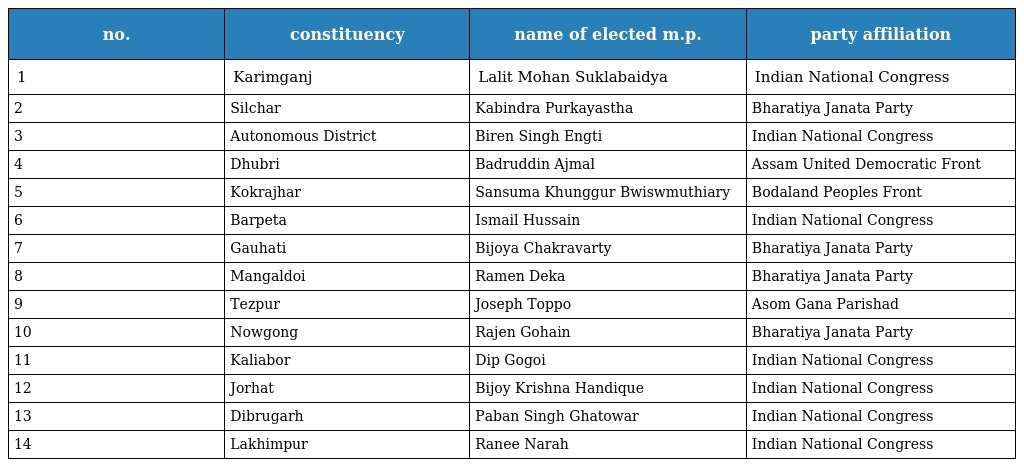
| no. | constituency | name of elected m.p. | party affiliation |
 | --- | --- | --- | --- |
 | 1 | Karimganj | Lalit Mohan Suklabaidya | Indian National Congress |
 | 2 | Silchar | Kabindra Purkayastha | Bharatiya Janata Party |
 | 3 | Autonomous District | Biren Singh Engti | Indian National Congress |
 | 4 | Dhubri | Badruddin Ajmal | Assam United Democratic Front |
 | 5 | Kokrajhar | Sansuma Khunggur Bwiswmuthiary | Bodaland Peoples Front |
 | 6 | Barpeta | Ismail Hussain | Indian National Congress |
 | 7 | Gauhati | Bijoya Chakravarty | Bharatiya Janata Party |
 | 8 | Mangaldoi | Ramen Deka | Bharatiya Janata Party |
 | 9 | Tezpur | Joseph Toppo | Asom Gana Parishad |
 | 10 | Nowgong | Rajen Gohain | Bharatiya Janata Party |
 | 11 | Kaliabor | Dip Gogoi | Indian National Congress |
 | 12 | Jorhat | Bijoy Krishna Handique | Indian National Congress |
 | 13 | Dibrugarh | Paban Singh Ghatowar | Indian National Congress |
 | 14 | Lakhimpur | Ranee Narah | Indian National Congress |